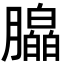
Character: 𬂗